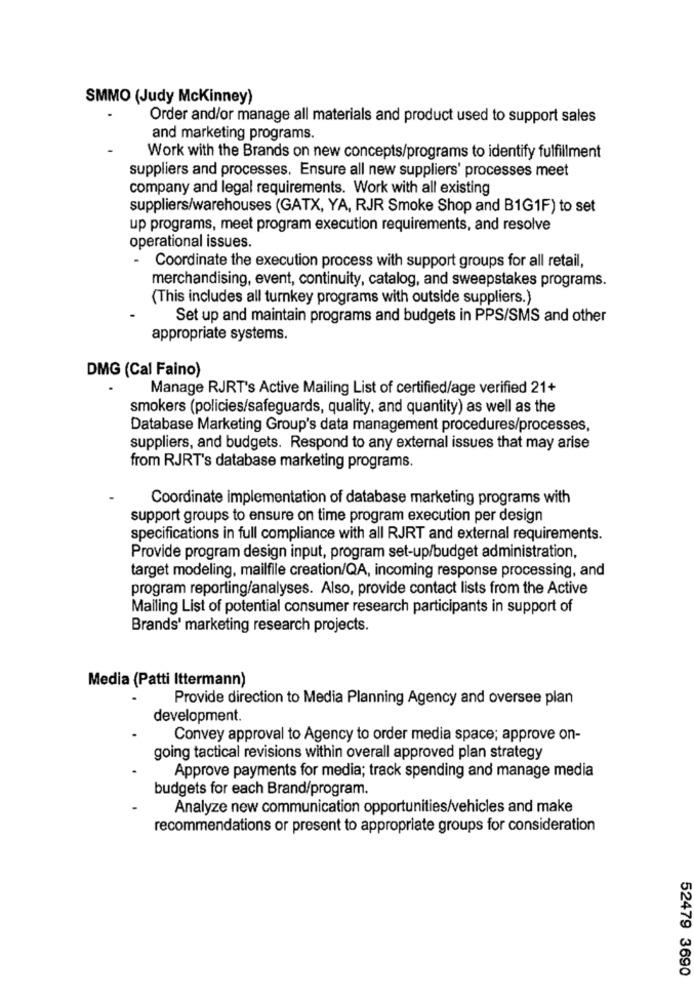
SMMO (Judy Mckinney)
Order and/or manage all materials and product used to support sales
and marketing programs.
Work with the Brands on new concepts/programs to identify fulfillment
suppliers and processes. Ensure all new suppliers' processes meet
company and legal requirements. Work with all existing
suppliers/warehouses (GATX, YA, RJR Smoke Shop and B1G1F) to set
up programs, meet program execution requirements, and resolve
operational issues.
Coordinate the execution process with support groups for all retail,
merchandising, event, continuity, catalog, and sweepstakes programs.
(This includes all turnkey programs with outside suppliers.)
Set up and maintain programs and budgets in PPS/SMS and other
appropriate systems.
DMG (Cal Faino)
Manage RJRT's Active Mailing List of certified/age verified 21+
smokers (policies/safeguards, quality, and quantity) as well as the
Database Marketing Group's data management procedures/processes,
suppliers, and budgets. Respond to any external issues that may arise
from RJRT's database marketing programs.
Coordinate implementation of database marketing programs with
support groups to ensure on time program execution per design
specifications in full compliance with all RJRT and external requirements.
Provide program design input, program set-up/budget administration,
target modeling, mailfile creation/QA, incoming response processing, and
program reporting/analyses. Also, provide contact lists from the Active
Mailing List of potential consumer research participants in support of
Brands' marketing research projects.
Media (Patti Ittermann)
Provide direction to Media Planning Agency and oversee plan
development.
Convey approval to Agency to order media space; approve on-
going tactical revisions within overall approved plan strategy
Approve payments for media; track spending and manage media
budgets for each Brand/program.
Analyze new communication opportunities/vehicles and make
recommendations or present to appropriate groups for consideration
52479 3690